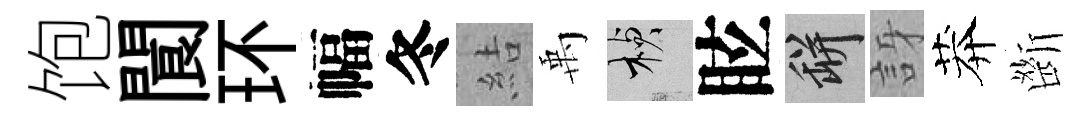
饱閬环幅冬結禹楨眩瓶訝莽㫁